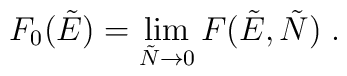
F_0(\tilde{E}) = \lim\limits_{\tilde{N}\to 0} F(\tilde{E},\tilde{N})\;.